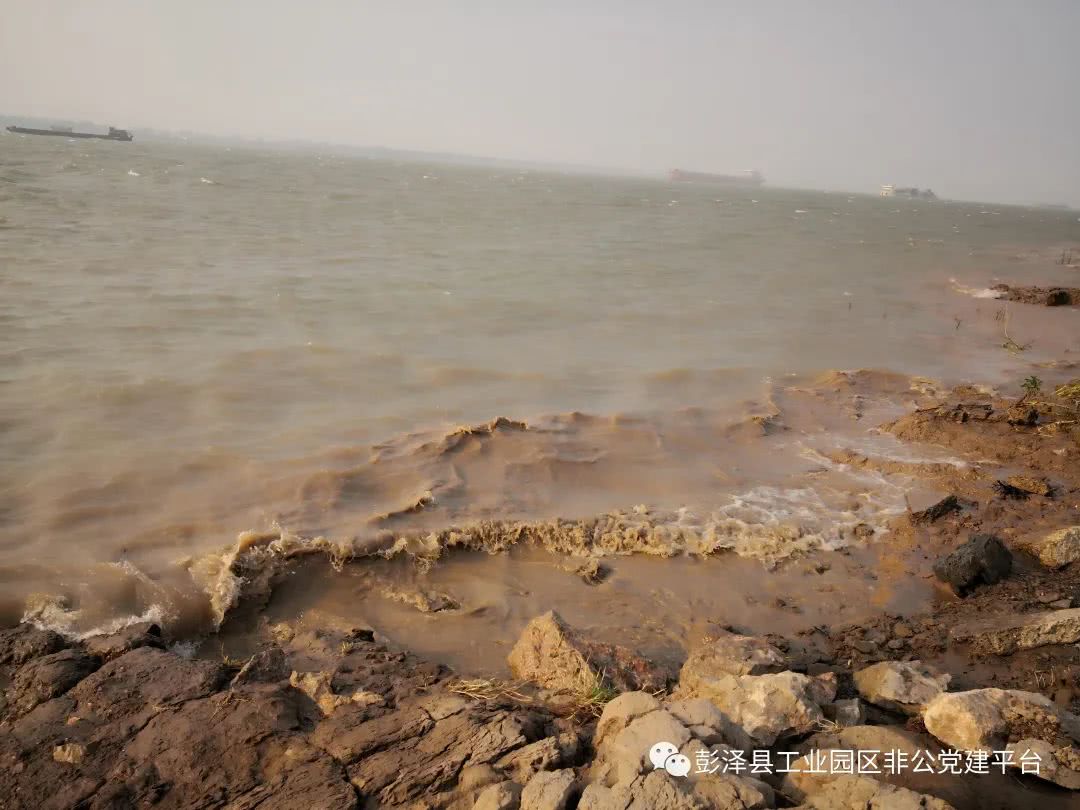
涛澜汹涌，风云开阖。